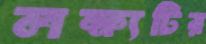
লক্ষ্যটির